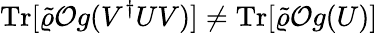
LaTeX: \mathrm{Tr}[\tilde{\varrho}{\cal O}g(V^{\dagger}UV)]\ne\mathrm{Tr}[\tilde{\varrho}{\cal O}g(U)]